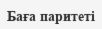
Баға паритеті